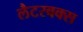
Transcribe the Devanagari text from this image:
लैटरबक्स